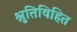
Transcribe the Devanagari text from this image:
श्रुतिविहित